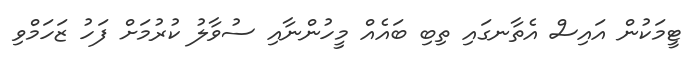
ޓީމަކުން އައިސް އެތާނގައި ތިބި ބައެއް މީހުންނާއި ސުވާލު ކުރުމަށް ފަހު ޒަހަމްވި